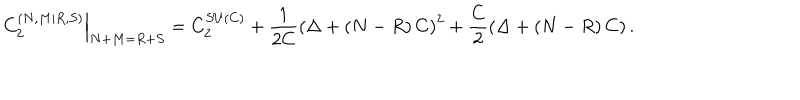
LaTeX: \left. C _ { 2 } ^ { \left( N , M | R , S \right) } \right\vert _ { N + M = R + S } = C _ { 2 } ^ { S U \left( C \right) } + \frac { 1 } { 2 C } \left( \Delta + \left( N - R \right) C \right) ^ { 2 } + \frac { C } { 2 } \left( \Delta + \left( N - R \right) C \right) .